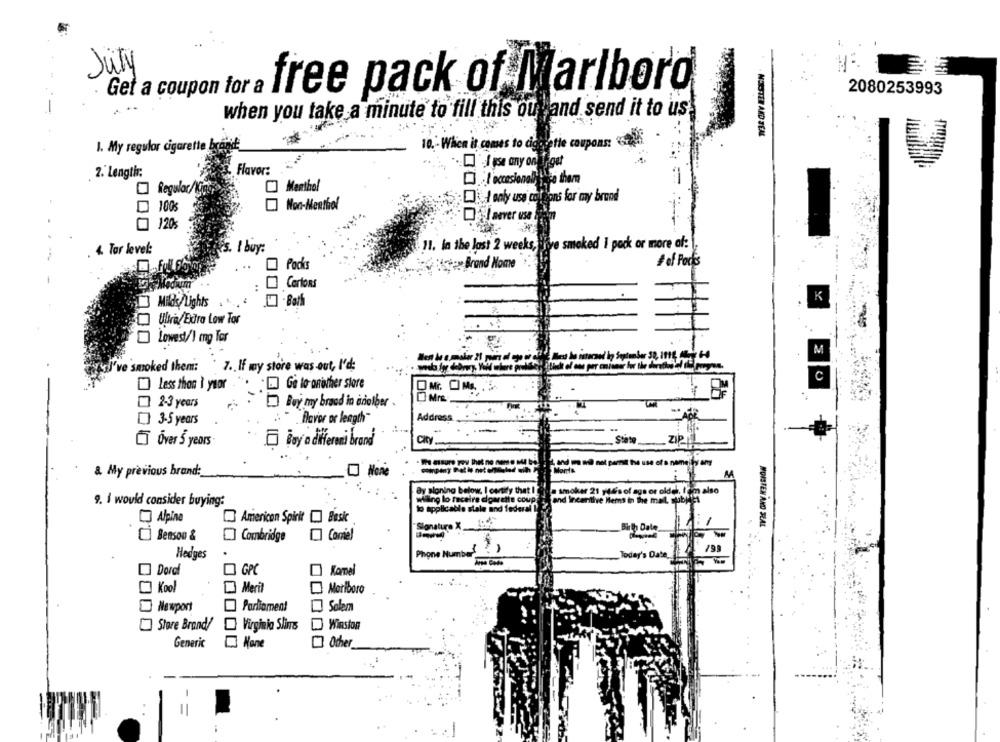
July
free pack of Marlboro
Get a coupon for a
2080253993
when you take a minute to fill this ou and send it to us
MONSTER AND JEAL
1. My regular cigarette brand:
10. - When it comes to cigarette coupons:
Flavor:
2. Length:
.Ioccasionally Na tham
Regular/King
Menthol
only use coltons for my brand
Non-Menthol
0 100%
Daever vse
[ 120%
fre smoked I pock or more of:
4. Tar level:
1 buy:
11. in the last 2 weeks,
Packis
Brand Nome
#of Pocks
:
O
Cartons
K
3 Milds/Lights
1
Ultra/Edro Low Tor
Lowest/) mg Tor
M
've smoked them:
7 .. If my store was -out, I'd:
Less than I year ". [] Ge lo another store
Mrs
2-3 years
Buy my brand in another .
[] 3-5 years
- flavor or length-
Address
CT Over 5 years
O Boy a diferent brand
& My previous brand:
By sloning below. I certify that I
ga or older, I'm also
9. I would consider buying:
wiling lo feceire doarette coup
to applicable stale and federal
Alpine
American Spirit [] Besk
Signature X
MOISTEN AND SEAL
Birth Date
[] Benson &
Cambridge
Come!
Hedges
Phone Numbers
Today's Date,
Dorci
GPC
Kamel
Kool
Meril
Marlboro
Newport
Parliament
Salem
Store Brand/
Virginia Slime
Winston
Generic
Ocher